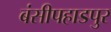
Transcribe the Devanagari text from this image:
बंसीपहाडपुर